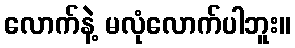
လောက်နဲ့ မလုံလောက်ပါဘူး။